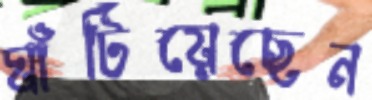
ঘাঁটিয়েছেন